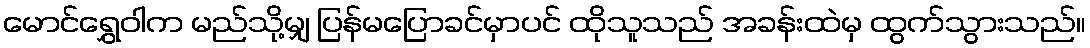
မောင်ရွှေဝါက မည်သို့မျှ ပြန်မပြောခင်မှာပင် ထိုသူသည် အခန်းထဲမှ ထွက်သွားသည်။